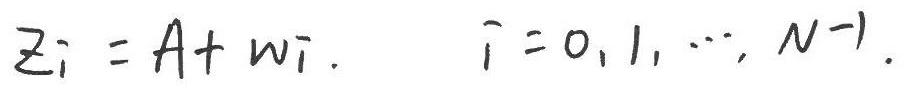
$z_{i}=A + w_{i}.\ \ \ i = 0,1,\cdots,N - 1.$